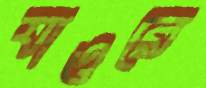
যাওরে